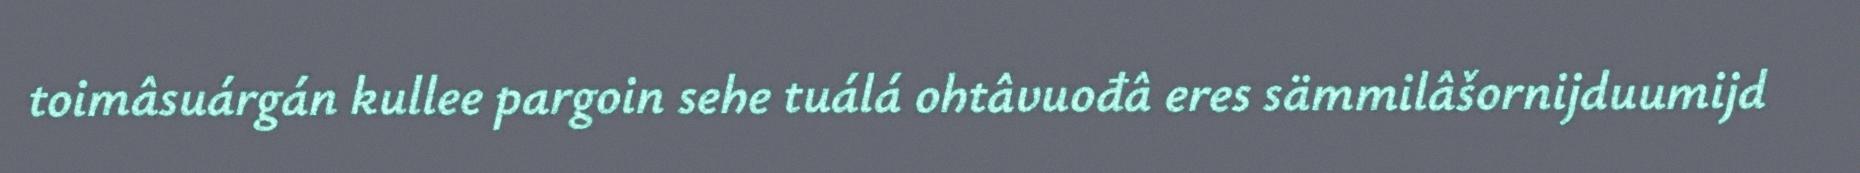
toimâsuárgán kullee pargoin sehe tuálá ohtâvuođâ eres sämmilâšornijduumijd